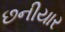
છનીયાર